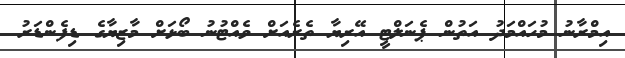
އިމްރާނު މުހައްމަދު އަތުން ޕެނަލްޓީ އޭރިޔާ ތެރެއަށް ވެއްޓުނު ބޯޅަށް މާޒިޔާގެ ޑިފެންޑަރު